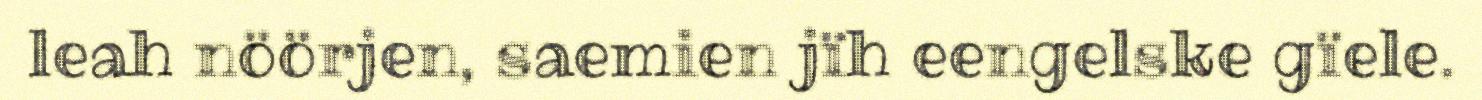
leah nöörjen, saemien jïh eengelske gïele.